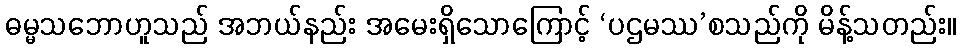
ဓမ္မသဘောဟူသည် အဘယ်နည်း အမေးရှိသောကြောင့် ‘ပဌမဿ’စသည်ကို မိန့်သတည်း။